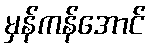
မှန်ကန်အောင်